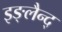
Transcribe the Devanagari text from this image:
इङ्लैन्द्